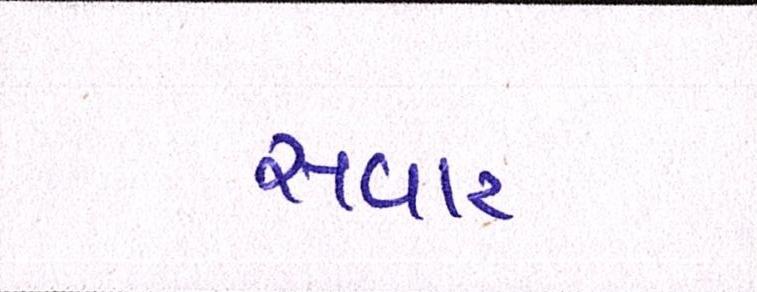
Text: સવાર